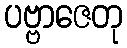
ပဗ္ဗာဇေတု